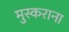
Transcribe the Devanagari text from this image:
मुस्कराना